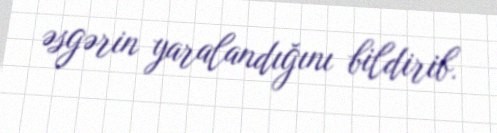
əsgərin yaralandığını bildirib.